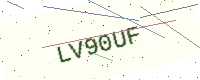
Text: LV90UF